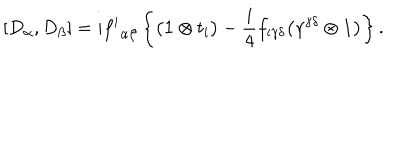
LaTeX: [ D _ { \alpha } , D _ { \beta } ] = i { f ^ { i } } _ { \alpha \beta } \left\{ \bigl ( { \bf 1 } \otimes t _ { i } \bigr ) - { \frac { i } { 4 } } f _ { i \gamma \delta } \bigl ( \gamma ^ { \gamma \delta } \otimes { \bf 1 } \bigr ) \right\} .